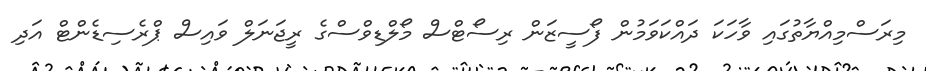
މިރަސްމިއްޔާތުގައި ވާހަކަ ދައްކަވަމުން ފޯސީޒަން ރިސޯޓްސް މޯލްޑިވްސްގެ ރީޖަނަލް ވައިސް ޕްރެސިޑެންޓް އަދި